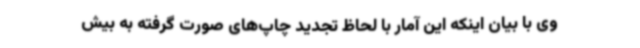
وی با بیان اینکه این آمار با لحاظ تجدید چاپ‌های صورت گرفته به بیش